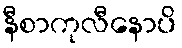
နီစာကုလီနောပိ